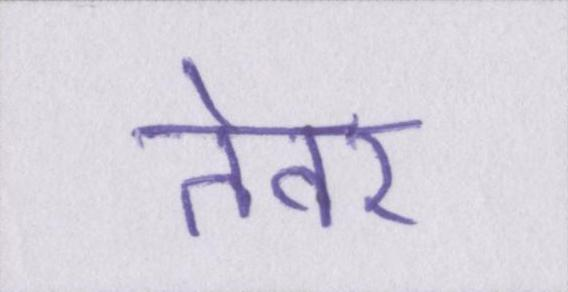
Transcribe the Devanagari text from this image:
तेवर